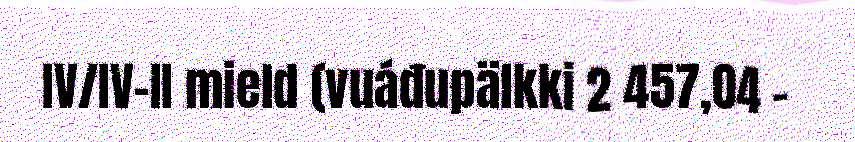
IV/IV-II mield (vuáđupälkki 2 457,04 –